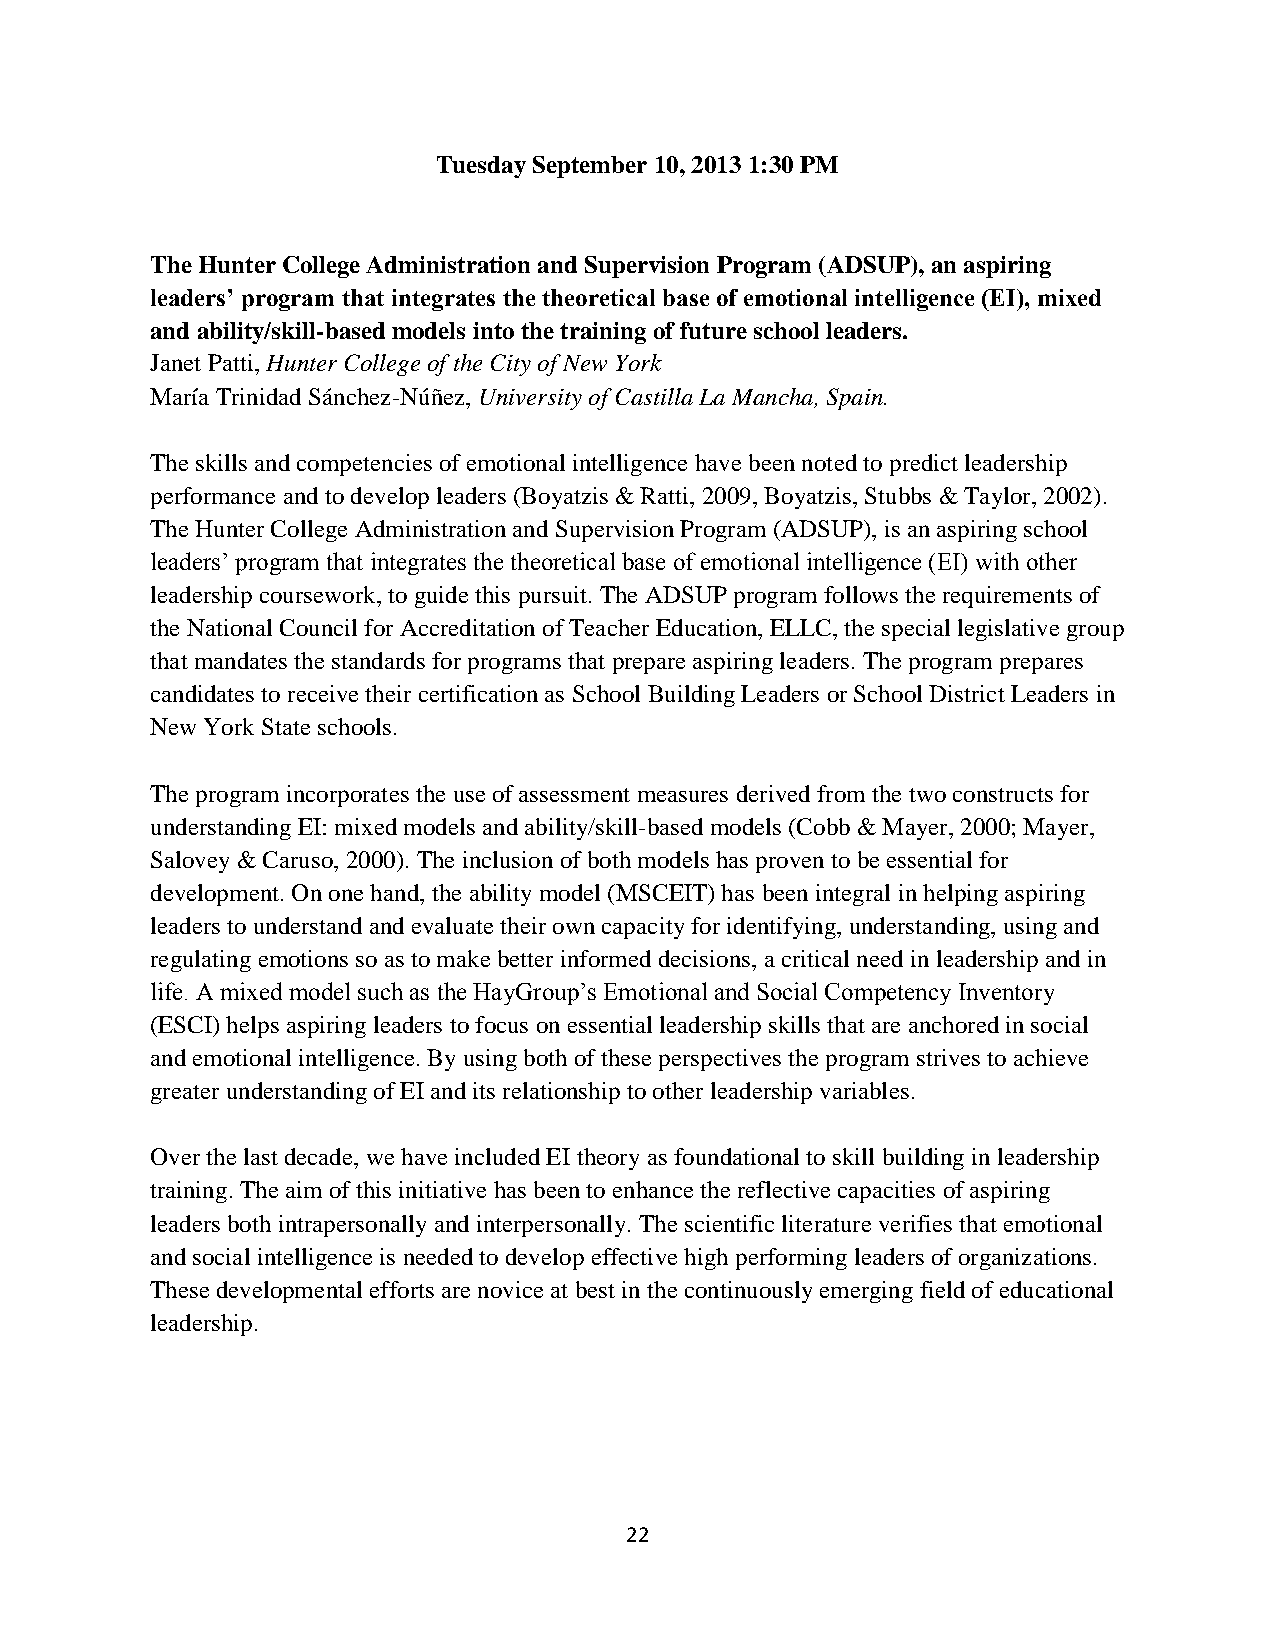
Tuesday September 10, 2013 1:30 PM
 The Hunter College Administration and Supervision Program (ADSUP), an aspiring
 leaders’ program that integrates the theoretical base of emotional intelligence (EI), mixed
 and ability/skill-based models into the training of future school leaders.
 Janet Patti, Hunter College of the City of New York
 María Trinidad Sánchez-Núñez, University of Castilla La Mancha, Spain.
 The skills and competencies of emotional intelligence have been noted to predict leadership
 performance and to develop leaders (Boyatzis & Ratti, 2009, Boyatzis, Stubbs & Taylor, 2002).
 The Hunter College Administration and Supervision Program (ADSUP), is an aspiring school
 leaders’ program that integrates the theoretical base of emotional intelligence (EI) with other
 leadership coursework, to guide this pursuit. The ADSUP program follows the requirements of
 the National Council for Accreditation of Teacher Education, ELLC, the special legislative group
 that mandates the standards for programs that prepare aspiring leaders. The program prepares
 candidates to receive their certification as School Building Leaders or School District Leaders in
 New York State schools.
 The program incorporates the use of assessment measures derived from the two constructs for
 understanding EI: mixed models and ability/skill-based models (Cobb & Mayer, 2000; Mayer,
 Salovey & Caruso, 2000). The inclusion of both models has proven to be essential for
 development. On one hand, the ability model (MSCEIT) has been integral in helping aspiring
 leaders to understand and evaluate their own capacity for identifying, understanding, using and
 regulating emotions so as to make better informed decisions, a critical need in leadership and in
 life. A mixed model such as the HayGroup’s Emotional and Social Competency Inventory
 (ESCI) helps aspiring leaders to focus on essential leadership skills that are anchored in social
 and emotional intelligence. By using both of these perspectives the program strives to achieve
 greater understanding of EI and its relationship to other leadership variables.
 Over the last decade, we have included EI theory as foundational to skill building in leadership
 training. The aim of this initiative has been to enhance the reflective capacities of aspiring
 leaders both intrapersonally and interpersonally. The scientific literature verifies that emotional
 and social intelligence is needed to develop effective high performing leaders of organizations.
 These developmental efforts are novice at best in the continuously emerging field of educational
 leadership.
 22